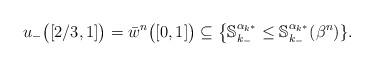
LaTeX: \begin{align*}u_-\big ([2/3,1]\big ) =\bar w^n\big ([0,1]\big )\subseteq \big \{ {\mathbb S}_{k_-}^{\alpha_{k^*}}\leq {\mathbb S}_{k_-}^{\alpha_{k^*}}(\beta^n)\}.\end{align*}